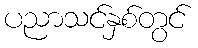
ပညာသင်နှစ်တွင်